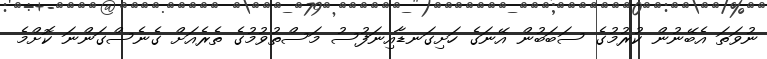
ނުވަތަ އެބޭނުން ކުރުމުގެ ސަބަބުން އޭނަގެ ހަށިގަނޑާއިނަފުސު މަސްތުވުމުގެ ތެރެއަށް ގެނެސްގަންނަ ކޮށްމެ